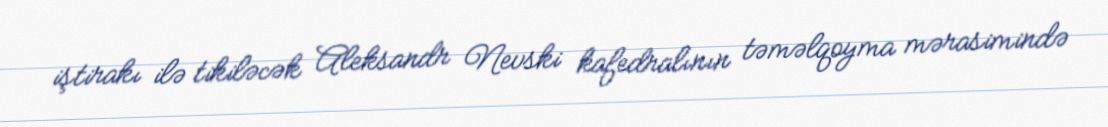
iştirakı ilə tikiləcək Aleksandr Nevski kafedralının təməlqoyma mərasimində